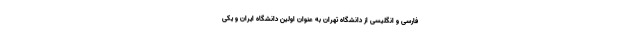
فارسی و انگلیسی از دانشگاه تهران به عنوان اولین دانشگاه ایران و یکی